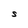
Character: S